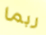
ربما